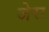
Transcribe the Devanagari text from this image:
जेरा